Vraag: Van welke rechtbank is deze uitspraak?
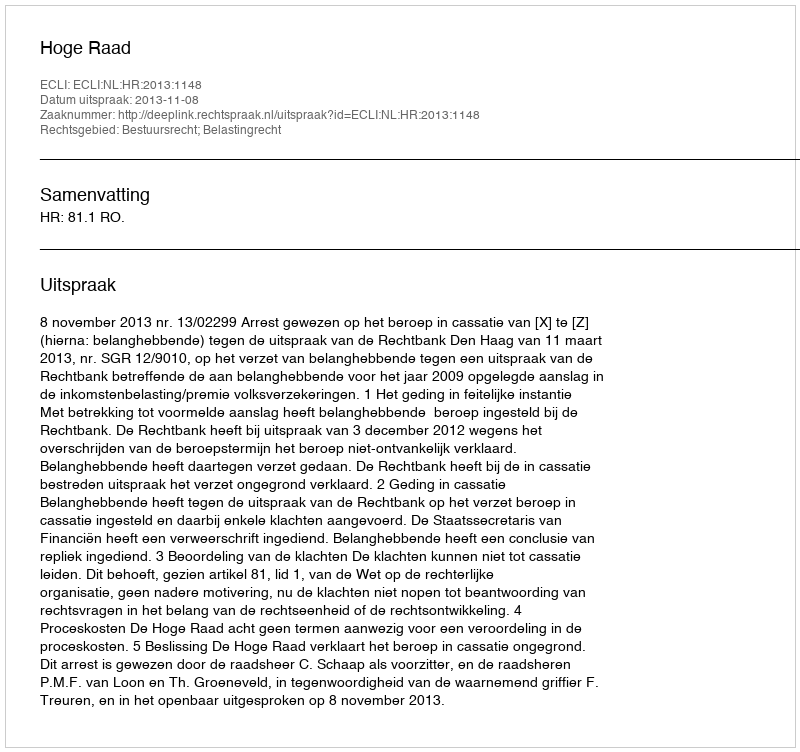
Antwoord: Hoge Raad